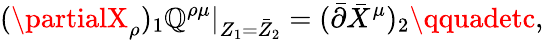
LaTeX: (\partialX_{\rho})_{1}\mathbb{Q}^{\rho\mu}|_{Z_{1}=\bar{{Z}}_{2}}=(\bar{{\partial}}\bar{{X}}^{\mu})_{2}\qquadetc,